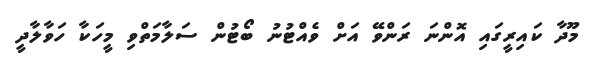
މޫދާ ކައިރީގައި އޮންނަ ރަންވޭ އަށް ވެއްޓުނު ބޯޓުން ސަލާމަތްވި މީހަކާ ހަވާލާދީ